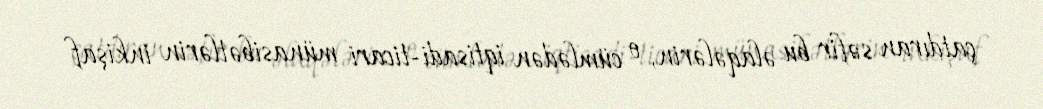
çatdıran səfir bu əlaqələrin, o cümlədən iqtisadi-ticari münasibətlərin inkişaf